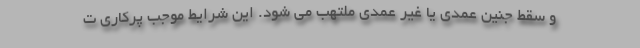
و سقط جنین عمدی یا غیر عمدی ملتهب می شود. این شرایط موجب پرکاری ت